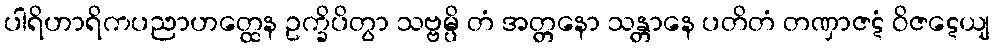
ပါရိဟာရိကပညာဟတ္ထေန ဥက္ခိပိတွာ သဗ္ဗမ္ပိ တံ အတ္တနော သန္တာနေ ပတိတံ တဏှာဇဋံ ဝိဇဋေယျ